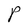
Character: P